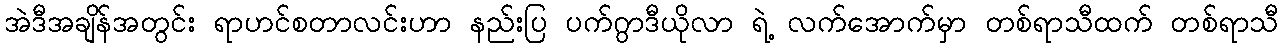
အဲဒီအချိန်အတွင်း ရာဟင်စတာလင်းဟာ နည်းပြ ပက်ဂွာဒီယိုလာ ရဲ့ လက်အောက်မှာ တစ်ရာသီထက် တစ်ရာသီ